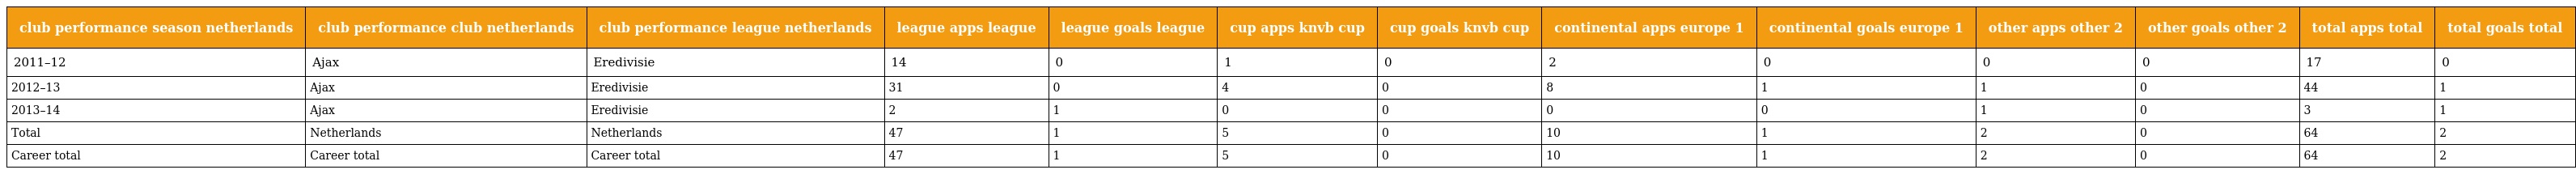
| club performance season netherlands | club performance club netherlands | club performance league netherlands | league apps league | league goals league | cup apps knvb cup | cup goals knvb cup | continental apps europe 1 | continental goals europe 1 | other apps other 2 | other goals other 2 | total apps total | total goals total |
 | --- | --- | --- | --- | --- | --- | --- | --- | --- | --- | --- | --- | --- |
 | 2011–12 | Ajax | Eredivisie | 14 | 0 | 1 | 0 | 2 | 0 | 0 | 0 | 17 | 0 |
 | 2012–13 | Ajax | Eredivisie | 31 | 0 | 4 | 0 | 8 | 1 | 1 | 0 | 44 | 1 |
 | 2013–14 | Ajax | Eredivisie | 2 | 1 | 0 | 0 | 0 | 0 | 1 | 0 | 3 | 1 |
 | Total | Netherlands | Netherlands | 47 | 1 | 5 | 0 | 10 | 1 | 2 | 0 | 64 | 2 |
 | Career total | Career total | Career total | 47 | 1 | 5 | 0 | 10 | 1 | 2 | 0 | 64 | 2 |